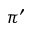
\pi ^ { \prime }